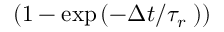
( 1 - \exp \left( - { \Delta t } / { { { \tau } _ { r } } } \; \right) )